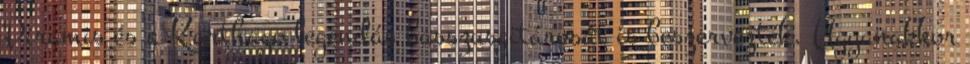
Piramis és a Karthago legendás basszusgitárosát is beszervezték. Ugyanakkor